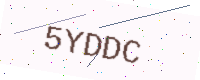
Text: 5YDDC